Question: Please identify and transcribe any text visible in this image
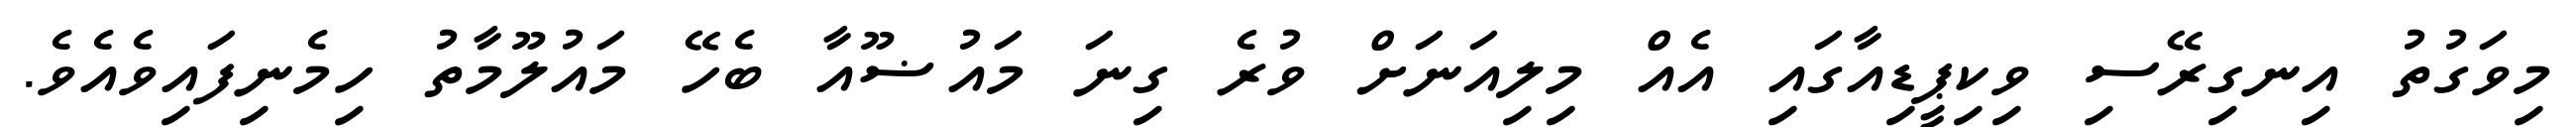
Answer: މިވަގުތު އިނގިރޭސި ވިކިޕީޑިއާގައި އެއް މިލިއަނަށް ވުރެ ގިނަ މައުޟޫއާ ބެހޭ މައުލޫމާތު ހިމެނިފައިވެއެވެ.